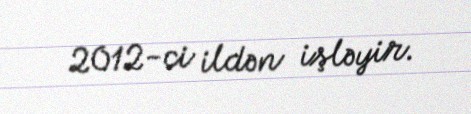
2012-ci ildən işləyir.